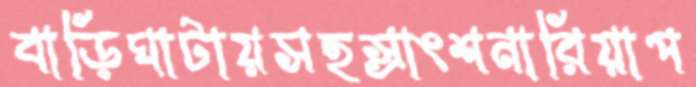
বাড়িঘাটায়সহস্রাংশনারিয়াপ